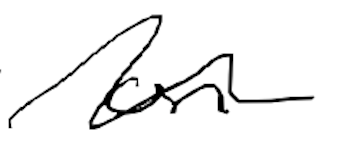
Text: on
Cross-out: wave
Writing tool: digital_black